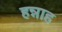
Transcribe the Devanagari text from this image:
हन्नाह